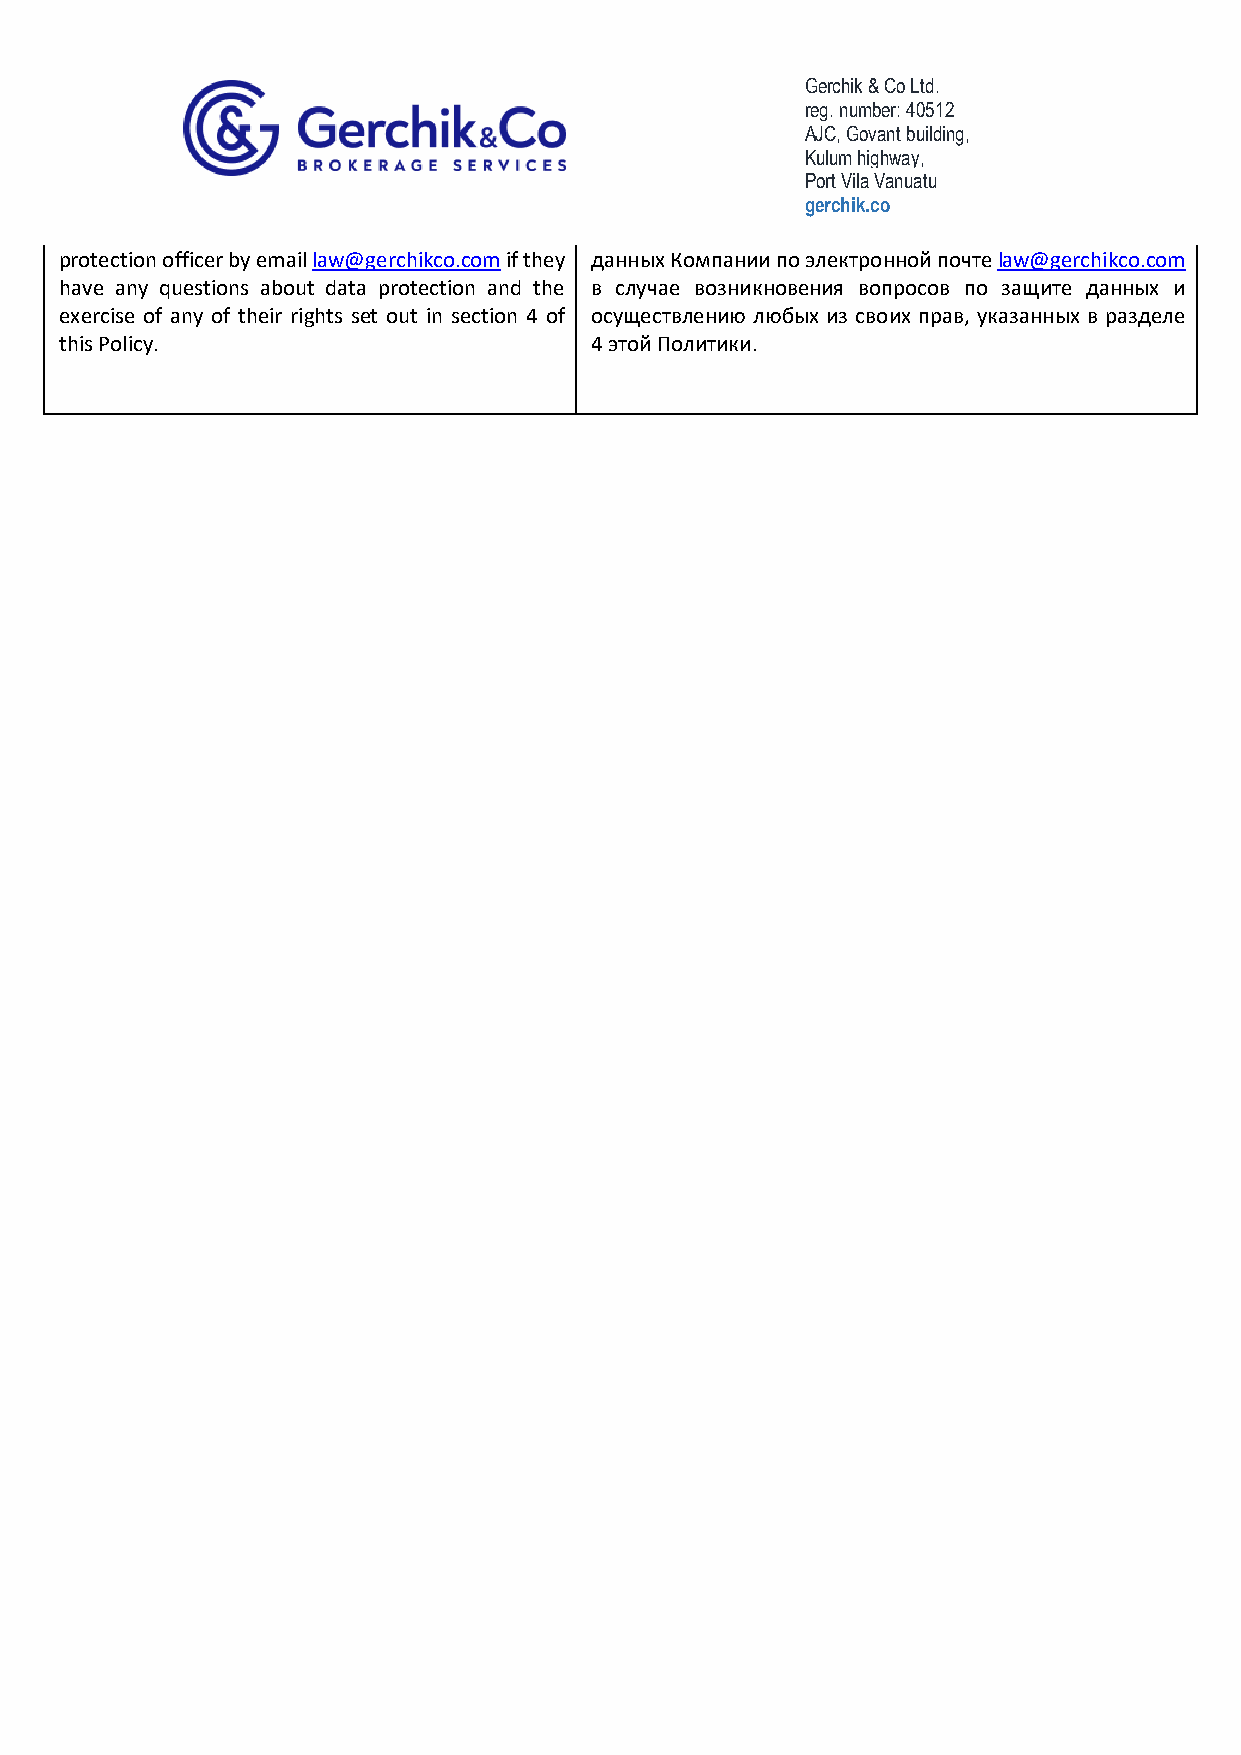
Gerchik & Co Ltd.
 reg. number: 40512
 AJC, Govant building,
 Kulum highway,
 Port Vila Vanuatu
 gerchik.co
 protection officer by email law@gerchikco.com if they данных Компании по электронной почте law@gerchikco.com
 have any questions about data protection and the в случае возникновения вопросов по защите данных и
 exercise of any of their rights set out in section 4 of осуществлению любых из своих прав, указанных в разделе
 this Policy.                       4 этой Политики.